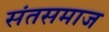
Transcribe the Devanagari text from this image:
संतसमाज